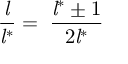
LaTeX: { \frac { \mathit { l } } { { \mathit { l } } ^ { * } } } = \; { \frac { { \mathit { l } } ^ { * } \pm 1 } { 2 { \mathit { l } } ^ { * } } }